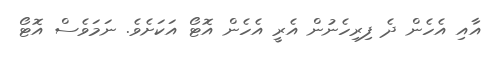
އާއި އެހެން ދެ ފިރިހެނުން އެރީ އެހެން އޮޓޯ އަކަށެވެ. ނަމަވެސް އޮޓޯ